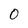
Character: 0